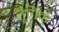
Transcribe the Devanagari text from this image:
तुंगिक